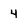
Character: 4